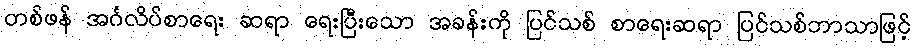
တစ်ဖန် အင်္ဂလိပ်စာရေး ဆရာ ရေးပြီးသော အခန်းကို ပြင်သစ် စာရေးဆရာ ပြင်သစ်ဘာသာဖြင့်